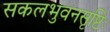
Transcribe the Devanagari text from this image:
सकलभुवनसृष्टिः